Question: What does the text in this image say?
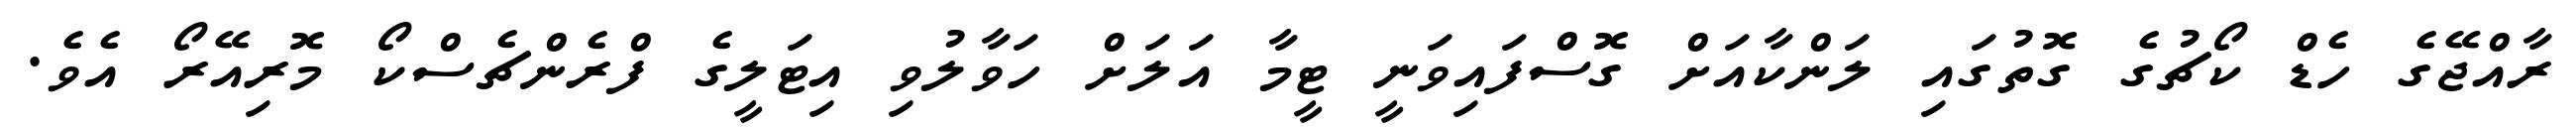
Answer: ރާއްޖޭގެ ހެޑް ކޯޗުގެ ގޮތުގައި ލަންކާއަށް ގޮސްފައިވަނީ ޓީމާ އަލަށް ހަވާލުވި އިޓަލީގެ ފްރެންޗެސްކޯ މޮރިއޭރޯ އެވެ.